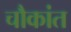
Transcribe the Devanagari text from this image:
चौकांत